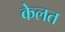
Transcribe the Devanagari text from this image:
केलत